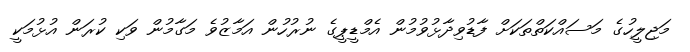
މަޖިލީހުގެ މަސައްކަތްތަކަށް ފާޑުވިދާޅުވުމުން އެމްޑީޕީގެ ނުރުހުން އަމާޒުވެ މަގާމުން ވަކި ކުރަން އުޅުމަކީ